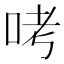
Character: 𠱼